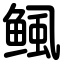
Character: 鲺